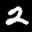
Label: 2